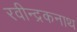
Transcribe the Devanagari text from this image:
रवीन्द्रकनाथ